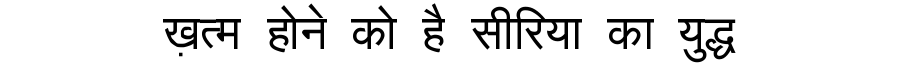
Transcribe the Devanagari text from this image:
ख़त्म होने को है सीरिया का युद्ध